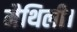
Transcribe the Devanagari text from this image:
मैथिली।